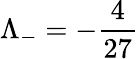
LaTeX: \Lambda_{-}=-\frac{4}{27}